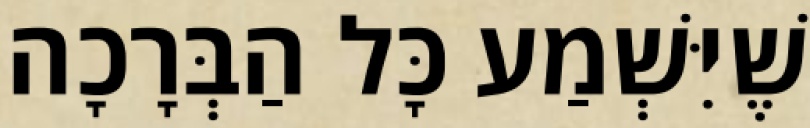
שֶׁיִּשְׁמַע כָּל הַבְּרָכָה